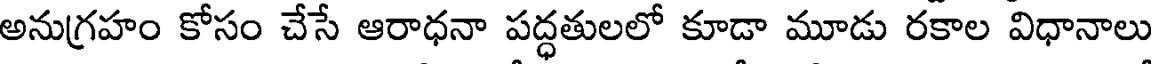
అనుగ్రహం కోసం చేసే ఆరాధనా పద్ధతులలో కూడా మూడు రకాల విధానాలు